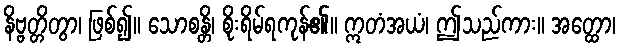
နိဗ္ဗတ္တိတွာ၊ ဖြစ်၍။ သောစန္တိ၊ စိုးရိမ်ရကုန်၏။ ဣတံအယံ၊ ဤသည်ကား။ အတ္ထော၊